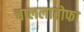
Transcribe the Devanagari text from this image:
चाललातोफा